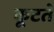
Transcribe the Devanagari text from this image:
कूटते